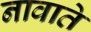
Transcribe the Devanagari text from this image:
नावाते